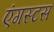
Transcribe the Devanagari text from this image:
एंगस्टस